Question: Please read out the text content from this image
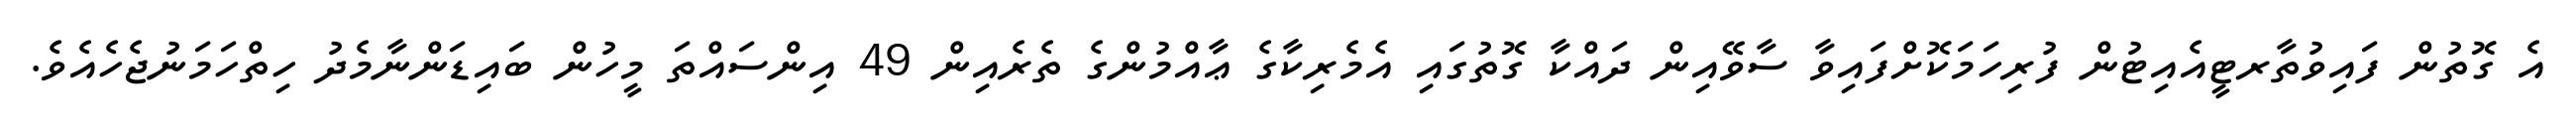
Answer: އެ ގޮތުން ފައިވުތާރޓީއެއިޓުން ފުރިހަމަކޮށްފައިވާ ސާވޭއިން ދައްކާ ގޮތުގައި އެމެރިކާގެ ޢާއްމުންގެ ތެރެއިން 49 އިންސައްތަ މީހުން ބައިޑަންނާމެދު ހިތްހަމަނުޖެހެއެވެ.